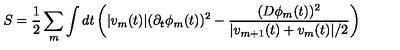
S = \frac { 1 } { 2 } \sum _ { m } \int d t \left( | v _ { m } ( t ) | ( \partial _ { t } \phi _ { m } ( t ) ) ^ { 2 } - \frac { ( D \phi _ { m } ( t ) ) ^ { 2 } } { | v _ { m + 1 } ( t ) + v _ { m } ( t ) | / 2 } \right)